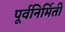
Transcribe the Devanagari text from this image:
पूर्वनिर्मिती